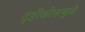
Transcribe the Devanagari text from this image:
दृष्टीकोनामुळे